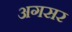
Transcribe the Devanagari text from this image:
अगसर